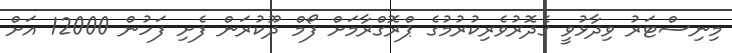
މިނިސްޓަރު ވިދާޅުވީ ގެދޮރުވެރިކުރުމުގެ ޕްރޮގްރާމަށް ފޯމް ދޫކުރަން ފެށި ފަހުން 12000 އަށް